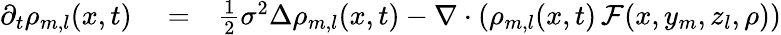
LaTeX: \begin{array}{rlr}{\partial_{t}\rho_{m,l}(x,t)}&{{}=}&{\frac{1}{2}\sigma^{2}\Delta\rho_{m,l}(x,t)-\nabla\cdot\left(\rho_{m,l}(x,t)\, \mathcal F(x,y_{m},z_{l},\rho)\right)}\end{array}